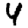
Digit: 4